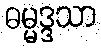
ဓမ္မဒ္ဒသာ